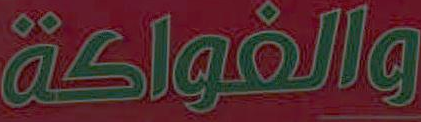
والفواكة